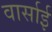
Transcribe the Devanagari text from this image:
वार्साई